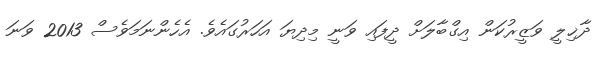
ދާޚިލީ ވަޒީރުކަން އިގްބާލަށް ދީފައި ވަނީ މިދިޔަ އަހަރުގައެވެ. އެހެންނަމަވެސް 2013 ވަނަ